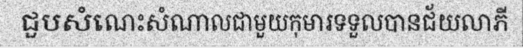
ជួបសំណេះសំណាលជាមួយកុមារទទួលបានជ័យលាភី